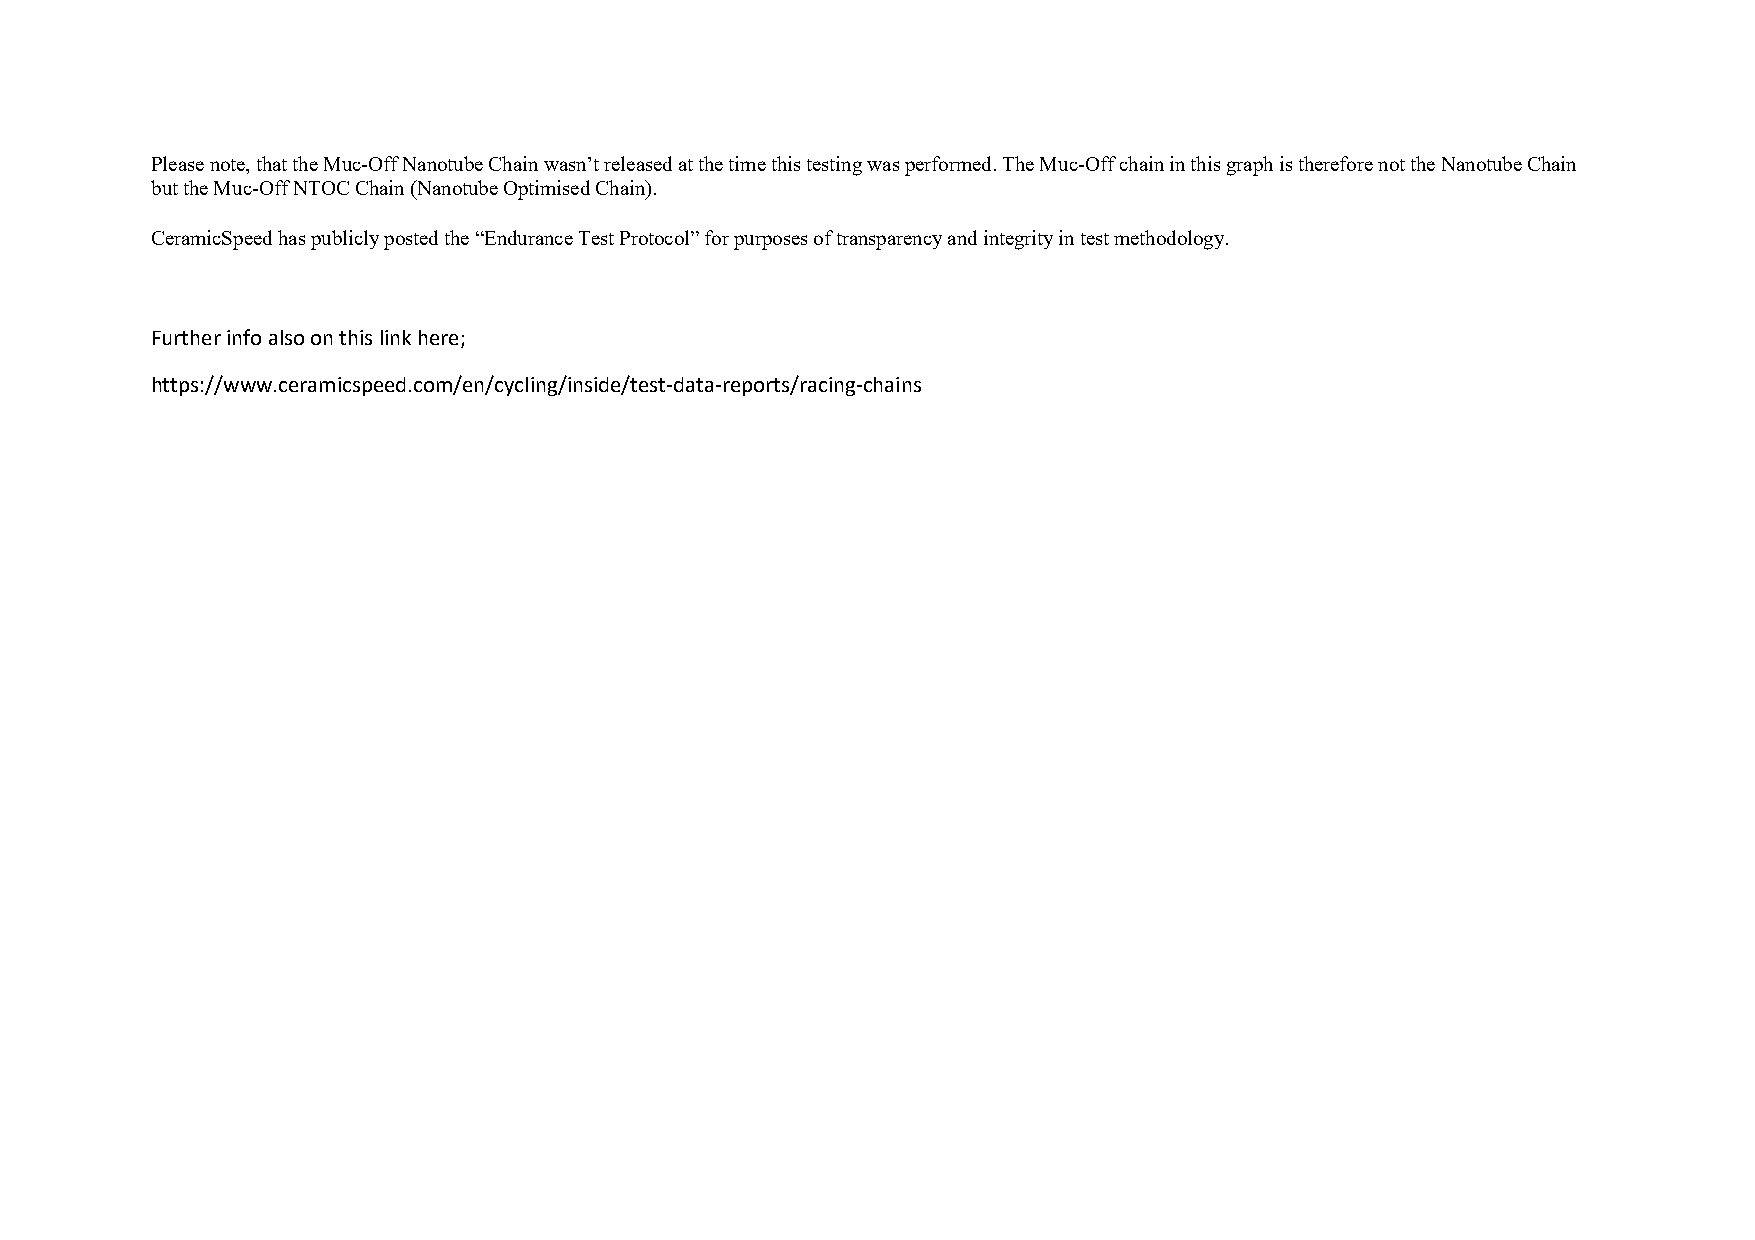
Please note, that the Muc-Off Nanotube Chain wasn’t released at the time this testing was performed. The Muc-Off chain in this graph is therefore not the Nanotube Chain
 but the Muc-Off NTOC Chain (Nanotube Optimised Chain).
 CeramicSpeed has publicly posted the “Endurance Test Protocol” for purposes of transparency and integrity in test methodology.
 Further info also on this link here;
 https://www.ceramicspeed.com/en/cycling/inside/test-data-reports/racing-chains